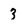
Character: 3